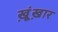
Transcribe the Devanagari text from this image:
ख़ूंख़ार